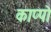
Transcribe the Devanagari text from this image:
काप्पो